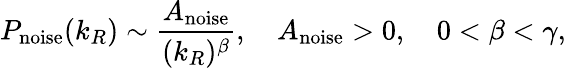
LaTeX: P_{\textrm{noise}}(k_{R})\sim\frac{A_{\textrm{noise}}}{(k_{R})^{\beta}},\quad A_{\textrm{noise}}>0,\quad 0<\beta<\gamma,